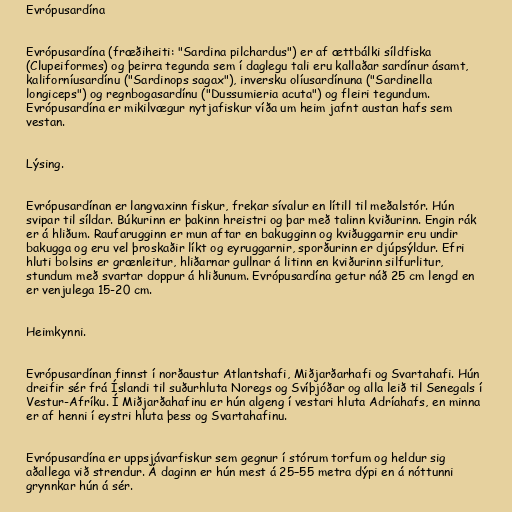
Evrópusardína

Evrópusardína (fræðiheiti: "Sardina pilchardus") er af ættbálki síldfiska
(Clupeiformes) og þeirra tegunda sem í daglegu tali eru kallaðar sardínur ásamt,
kaliforníusardínu ("Sardinops sagax"), inversku olíusardínuna ("Sardinella
longiceps") og regnbogasardínu ("Dussumieria acuta") og fleiri tegundum.
Evrópusardína er mikilvægur nytjafiskur víða um heim jafnt austan hafs sem
vestan.

Lýsing.

Evrópusardínan er langvaxinn fiskur, frekar sívalur en lítill til meðalstór. Hún
svipar til síldar. Búkurinn er þakinn hreistri og þar með talinn kviðurinn. Engin rák
er á hliðum. Raufarugginn er mun aftar en bakugginn og kviðuggarnir eru undir
bakugga og eru vel þroskaðir líkt og eyruggarnir, sporðurinn er djúpsýldur. Efri
hluti bolsins er grænleitur, hliðarnar gullnar á litinn en kviðurinn silfurlitur,
stundum með svartar doppur á hliðunum. Evrópusardína getur náð 25 cm lengd en
er venjulega 15-20 cm.

Heimkynni.

Evrópusardínan finnst í norðaustur Atlantshafi, Miðjarðarhafi og Svartahafi. Hún
dreifir sér frá Íslandi til suðurhluta Noregs og Svíþjóðar og alla leið til Senegals í
Vestur-Afríku. Í Miðjarðahafinu er hún algeng í vestari hluta Adríahafs, en minna
er af henni í eystri hluta þess og Svartahafinu.

Evrópusardína er uppsjávarfiskur sem gegnur í stórum torfum og heldur sig
aðallega við strendur. Á daginn er hún mest á 25–55 metra dýpi en á nóttunni
grynnkar hún á sér.